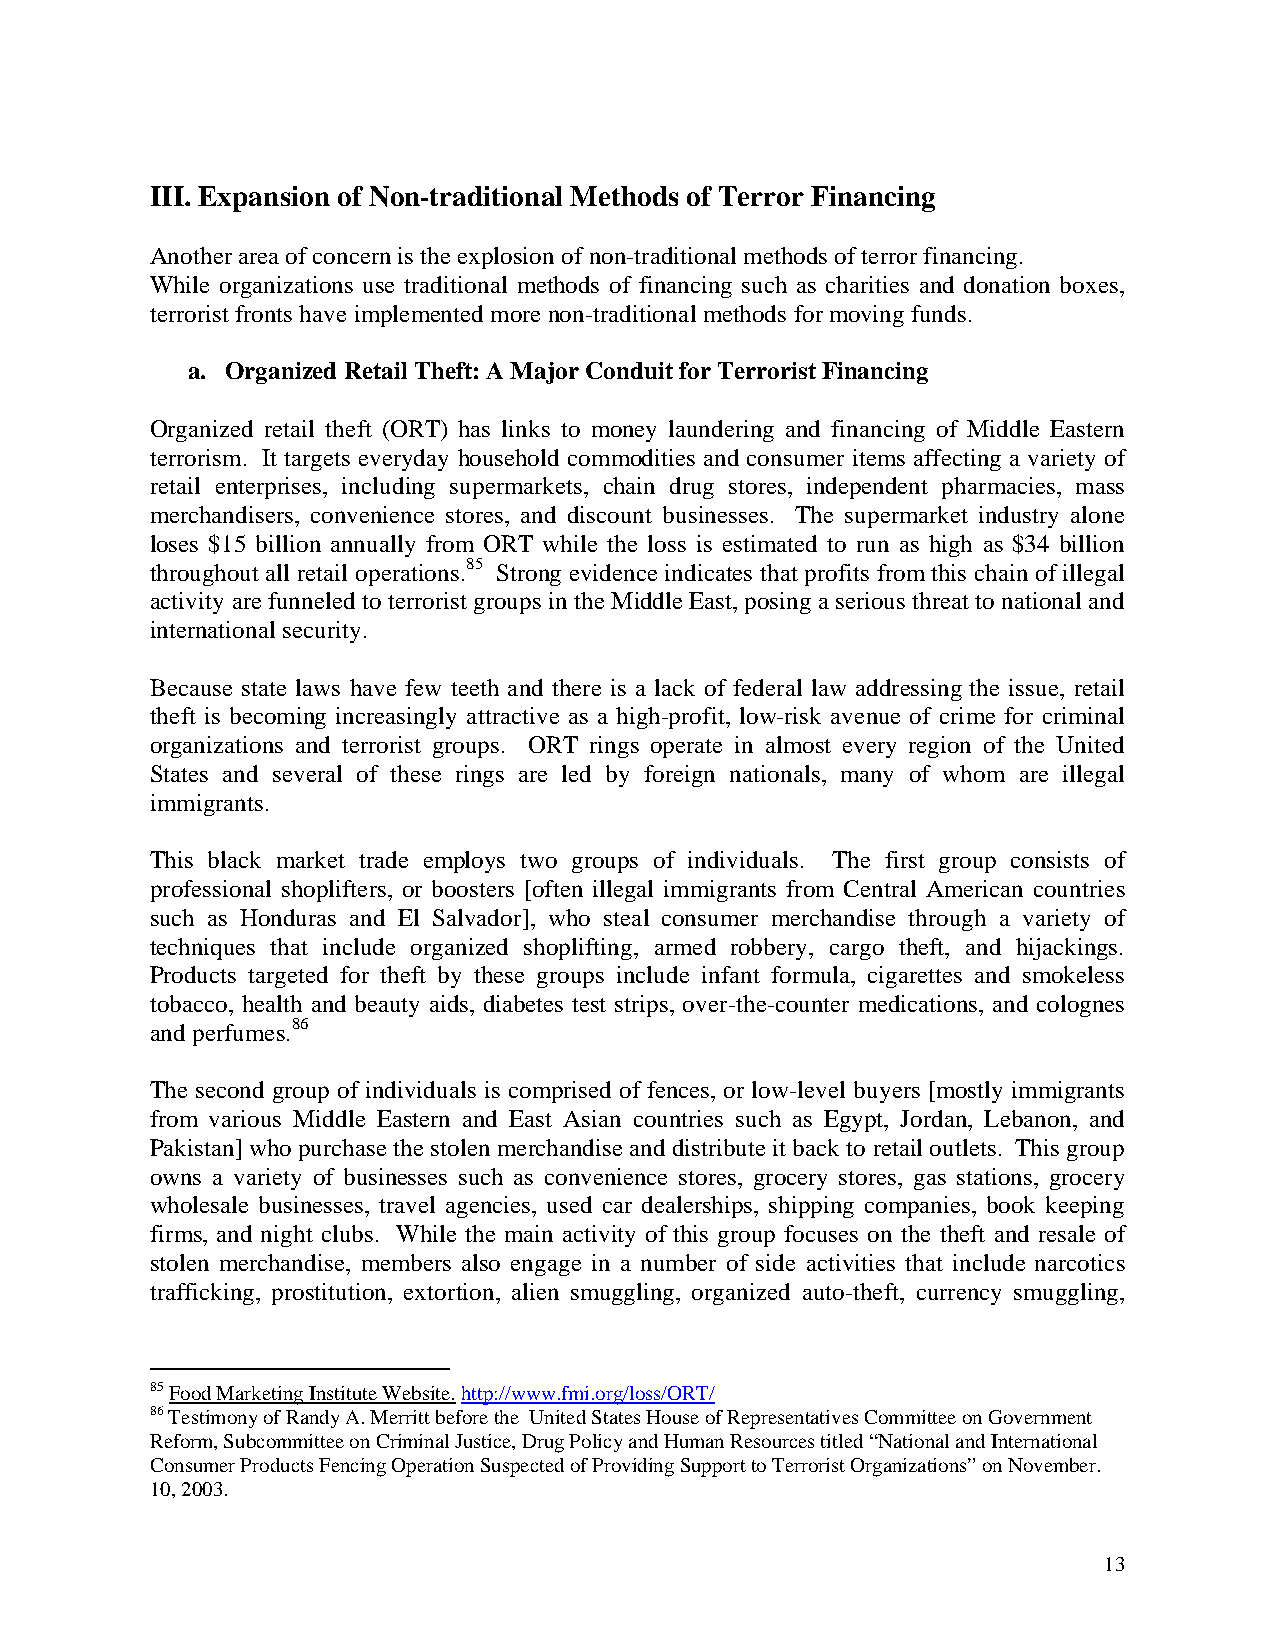
III. Expansion of Non-traditional Methods of Terror Financing
 Another area of concern is the explosion of non-traditional methods of terror financing.
 While organizations use traditional methods of financing such as charities and donation boxes,
 terrorist fronts have implemented more non-traditional methods for moving funds.
 a. Organized Retail Theft: A Major Conduit for Terrorist Financing
 Organized retail theft (ORT) has links to money laundering and financing of Middle Eastern
 terrorism. It targets everyday household commodities and consumer items affecting a variety of
 retail enterprises, including supermarkets, chain drug stores, independent pharmacies, mass
 merchandisers, convenience stores, and discount businesses. The supermarket industry alone
 loses $15 billion annually from ORT while the loss is estimated to run as high as $34 billion
 throughout all retail operations.85 Strong evidence indicates that profits from this chain of illegal
 activity are funneled to terrorist groups in the Middle East, posing a serious threat to national and
 international security.
 Because state laws have few teeth and there is a lack of federal law addressing the issue, retail
 theft is becoming increasingly attractive as a high-profit, low-risk avenue of crime for criminal
 organizations and terrorist groups. ORT rings operate in almost every region of the United
 States and several of these rings are led by foreign nationals, many of whom are illegal
 immigrants.
 This black market trade employs two groups of individuals. The first group consists of
 professional shoplifters, or boosters [often illegal immigrants from Central American countries
 such as Honduras and El Salvador], who steal consumer merchandise through a variety of
 techniques that include organized shoplifting, armed robbery, cargo theft, and hijackings.
 Products targeted for theft by these groups include infant formula, cigarettes and smokeless
 tobacco, health and beauty aids, diabetes test strips, over-the-counter medications, and colognes
 and perfumes.86
 The second group of individuals is comprised of fences, or low-level buyers [mostly immigrants
 from various Middle Eastern and East Asian countries such as Egypt, Jordan, Lebanon, and
 Pakistan] who purchase the stolen merchandise and distribute it back to retail outlets. This group
 owns a variety of businesses such as convenience stores, grocery stores, gas stations, grocery
 wholesale businesses, travel agencies, used car dealerships, shipping companies, book keeping
 firms, and night clubs. While the main activity of this group focuses on the theft and resale of
 stolen merchandise, members also engage in a number of side activities that include narcotics
 trafficking, prostitution, extortion, alien smuggling, organized auto-theft, currency smuggling,
 85 Food Marketing Institute Website. http://www.fmi.org/loss/ORT/
 86 Testimony of Randy A. Merritt before the United States House of Representatives Committee on Government
 Reform, Subcommittee on Criminal Justice, Drug Policy and Human Resources titled “National and International
 Consumer Products Fencing Operation Suspected of Providing Support to Terrorist Organizations” on November.
 10, 2003.
 13